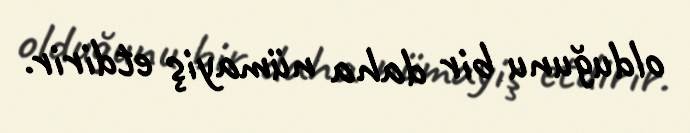
olduğunu bir daha nümayiş etdirir.